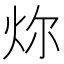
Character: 𪸞